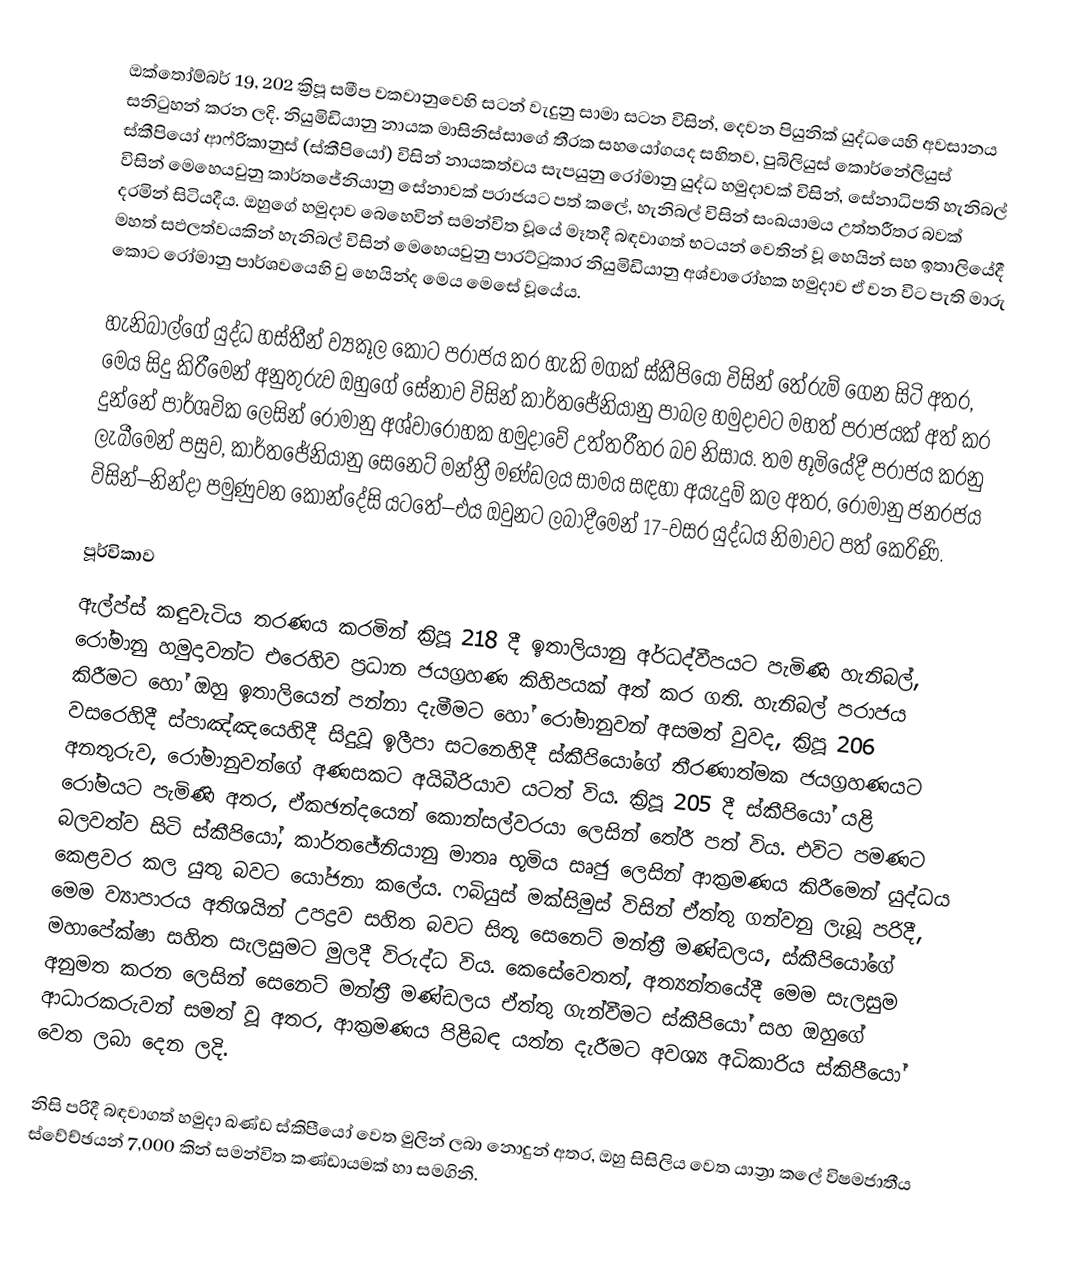
ඔක්තෝම්බර් 19, 202 ක්‍රිපූ සමීප වකවානුවෙහි සටන් වැදුනු සාමා සටන විසින්, දෙවන පියුනික් යුද්ධයෙහි අවසානය සනිටුහන් කරන ලදි. නියුමිඩියානු නායක මාසිනිස්සාගේ තීරක සහයෝගයද සහිතව, පුබිලියුස් කොර්නේලියුස් ස්කීපියෝ ආෆ්රිකානුස් (ස්කීපියෝ) විසින් නායකත්වය සැපයුනු රෝමානු යුද්ධ හමුදාවක් විසින්, සේනාධිපති හැනිබල් විසින් මෙහෙයවුනු  කාර්තජේනියානු සේනාවක් පරාජයට පත් කලේ, හැනිබල් විසින් සංඛයාමය උත්තරීතර බවක් දරමින් සිටියදීය. ඔහුගේ හමුදාව බෙහෙවින් සමන්විත වූයේ මෑතදී බඳවාගත් භටයන් වෙතින් වූ හෙයින් සහ ඉතාලියේදී මහත් සඵලත්වයකින් හැනිබල් විසින් මෙහෙයවුනු පාරට්ටුකාර නියුමිඩියානු අශ්වාරෝහක හමුදාව ඒ වන විට පැති මාරු කොට රෝමානු පාර්ශවයෙහි වු හෙයින්ද මෙය මෙසේ වූයේය.

හැනිබාල්ගේ යුද්ධ හස්තීන් ව්‍යකූල කොට පරාජය කර හැකි මගක් ස්කීපියෝ විසින් තේරුම් ගෙන සිටි අතර, මෙය සිදු කිරීමෙන් අනුතුරුව ඔහුගේ සේනාව විසින්  කාර්තජේනියානු පාබල හමුදාවට මහත් පරාජයක් අත් කර දුන්නේ පාර්ශවික ලෙසින් රෝමානු අශ්වාරෝහක හමුදාවේ උත්තරීතර බව නිසාය. තම භූමියේදී පරාජය කරනු ලැබීමෙන් පසුව, කාර්තජේනියානු සෙනෙට් මන්ත්‍රී මණ්ඩලය  සාමය සඳහා අයැදුම් කල අතර, රෝමානු ජනරජය විසින්–නින්දා පමුණුවන කොන්දේසි යටතේ–එය ඔවුනට ලබාදීමෙන් 17-වසර යුද්ධය නිමාවට පත් කෙරිණි.

පූර්විකාව
ඇල්ප්ස් කඳුවැටිය තරණය කරමින් ක්‍රිපූ 218 දී ඉතාලියානු අර්ධද්වීපයට පැමිණි හැනිබල්, රෝමානු හමුදාවන්ට එරෙහිව ප්‍රධාන ජයග්‍රහණ කිහිපයක් අත් කර ගති. හැනිබල් පරාජය කිරීමට හෝ ඔහු ඉතාලියෙන් පන්නා දැමීමට හෝ රෝමානුවන් අසමත් වුවද, ක්‍රිපූ 206 වසරෙහිදී ස්පාඤ්ඤයෙහිදී සිදුවූ ඉලීපා සටනෙහිදී ස්කීපියෝගේ තීරණාත්මක ජයග්‍රහණයට අනතුරුව, රෝමානුවන්ගේ අණසකට අයිබීරියාව යටත් විය. ක්‍රිපූ 205 දී ස්කීපියෝ යළි රෝමයට පැමිණි අතර, ඒකඡන්දයෙන් කොන්සල්වරයා ලෙසින් තේරී පත් විය. එවිට පමණට බලවත්ව සිටි ස්කීපියෝ,  කාර්තජේනියානු මාතෘ භූමිය සෘජු ලෙසින් ආක්‍රමණය කිරීමෙන් යුද්ධය කෙළවර කල යුතු බවට යෝජනා කලේය.  ෆබියුස් මක්සිමුස් විසින් ඒත්තු ගන්වනු ලැබූ පරිදී, මෙම ව්‍යාපාරය අතිශයින් උපද්‍රව සහිත බවට සිතූ  සෙනෙට් මන්ත්‍රී මණ්ඩලය, ස්කීපියෝගේ මහාපේක්ෂා සහිත සැලසුමට මුලදී විරුද්ධ විය. කෙසේවෙතත්, අත්‍යන්තයේදී මෙම සැලසුම අනුමත කරන ලෙසින් සෙනෙට් මන්ත්‍රී මණ්ඩලය ඒත්තු ගැන්වීමට  ස්කීපියෝ සහ ඔහුගේ ආධාරකරුවන් සමත් වූ අතර, ආක්‍රමණය පිළිබඳ යත්න දැරීමට අවශ්‍ය අධිකාරිය ස්කිපීයෝ වෙත ලබා දෙන ලදි.

නිසි පරිදී බඳවාගත් හමුදා ඛණ්ඩ ස්කිපීයෝ වෙත මුලින් ලබා නොදුන් අතර, ඔහු  සිසිලිය වෙත යාත්‍රා කලේ විෂමජාතීය ස්වේච්ඡයන් 7,000 කින් සමන්විත කණ්ඩායමක් හා සමගිනි.